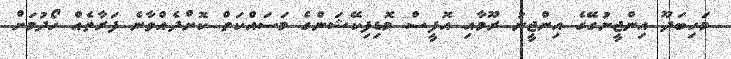
މަހިބަދޫ އިންޖީނުގޭގެ އިންޖީނު ރޫމާއި އޮފީސް މޮޑިފިކޭޝަންގެ މަސައްކަތް ކޮށްދެއްވާނެ ފަރާތެއް ހޯދުމަށް